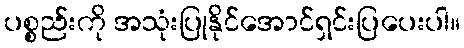
ပစ္စည်းကို အသုံးပြုနိုင်အောင်ရှင်းပြပေးပါ။